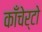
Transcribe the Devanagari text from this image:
काँचेर्टो